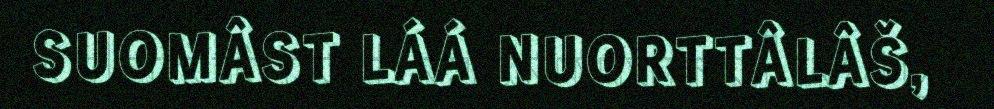
SUOMÂST LÁÁ NUORTTÂLÂŠ,